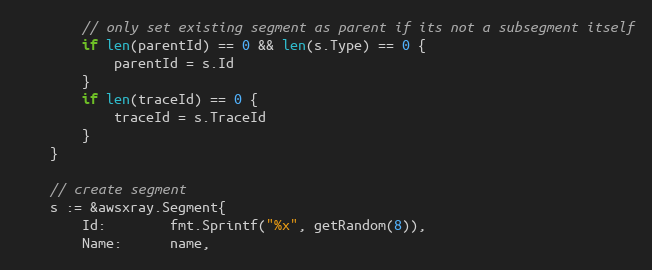
Language: Go
		// only set existing segment as parent if its not a subsegment itself
		if len(parentId) == 0 && len(s.Type) == 0 {
			parentId = s.Id
		}
		if len(traceId) == 0 {
			traceId = s.TraceId
		}
	}

	// create segment
	s := &awsxray.Segment{
		Id:        fmt.Sprintf("%x", getRandom(8)),
		Name:      name,